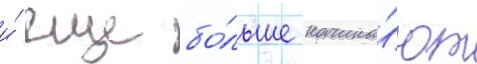
и́ еще бо́льше начина́ют